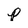
Character: p